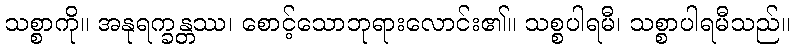
သစ္စာကို။ အနုရက္ခန္တဿ၊ စောင့်သောဘုရားလောင်း၏။ သစ္စပါရမီ၊ သစ္စာပါရမီသည်။